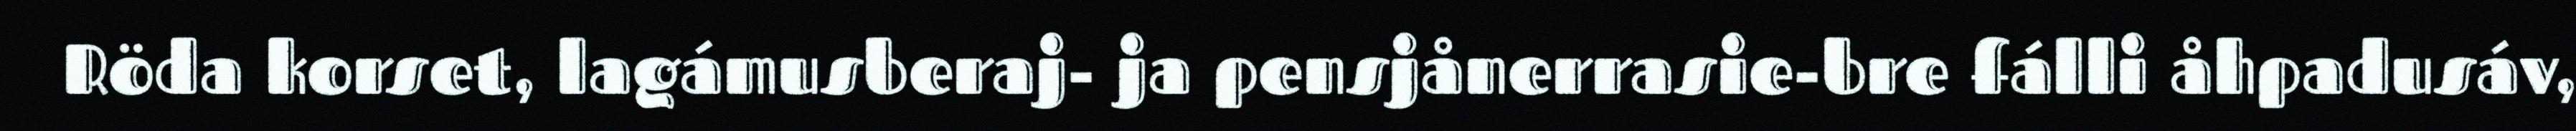
Röda korset, lagámusberaj- ja pensjånerrasie-bre fálli åhpadusáv,